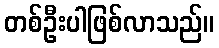
တစ်ဦးပါဖြစ်လာသည်။